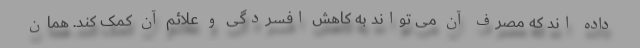
داده اند که مصرف آن می تواند به کاهش افسردگی و علائم آن کمک کند. همان